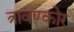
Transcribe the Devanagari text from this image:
त्रावण्कोर